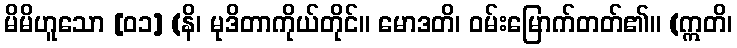
မိမိဟူသော [၀၁] (နိ၊ မုဒိတာကိုယ်တိုင်။ မောဒတိ၊ ဝမ်းမြောက်တတ်၏။ (ဣတိ၊